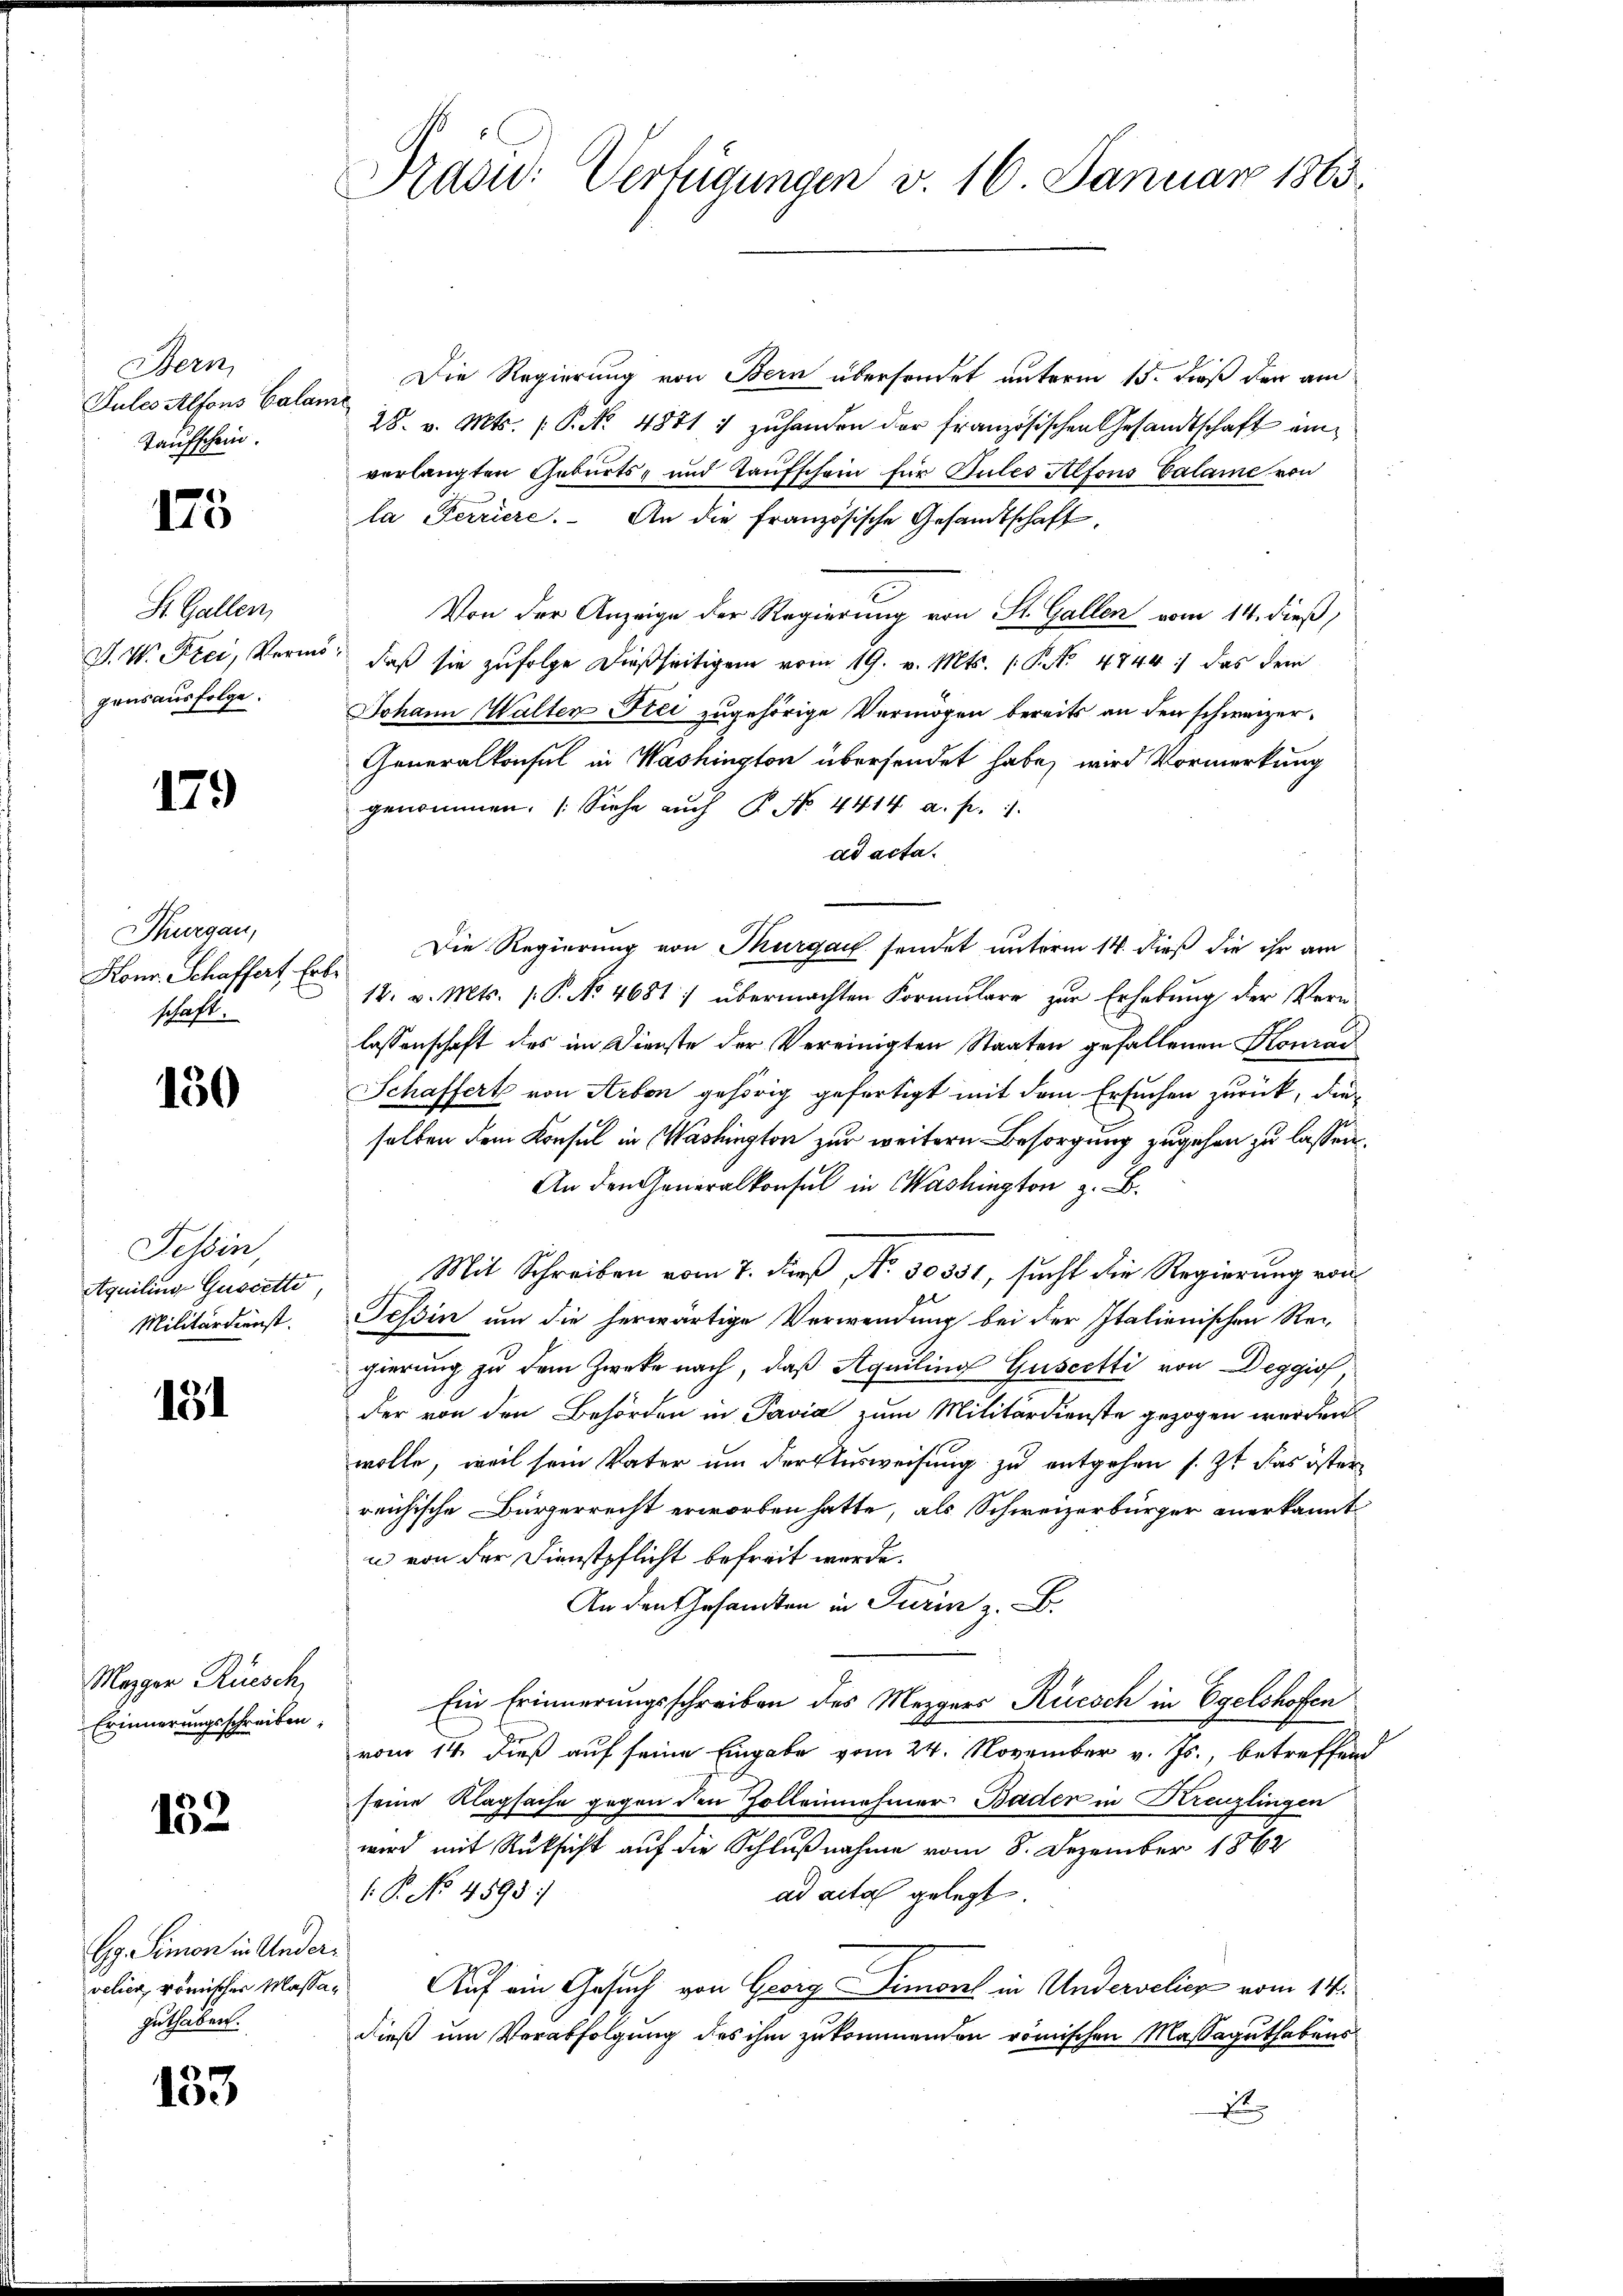
Stern,
Pules Alfons Calan
Taufschein.

175

St. Gallen,
V. W. Frei, Vermö
gensausfolge.

179

Thurgau,
Honr. Schaffert Ert
schaft.

150

Jesin
Aquiling Gussette,
Militärdienst.

151

Mezger Rüesch
Erinnerungsschreiben,

152

Gg. Simon in Andervelier, römischer Massa
guthaben.

2
15.

Präsid. Verfügungen v. 16. Januar 1863.

Die Regierung von Bern übersendet unterm 15. dieß der am
28. v. Mts. (: P. Nr. 4871 u zŭ handen der französischen Gesandtschaft einverlangten Geburts- und Taufschein für Pules Alfons Calame von
la Ferriere. An die französische Gesandtschaft
Von der Anzeige der Regierung von St. Gallen vom 14. dieß,
daß sie zufolge dießseitigen vom 19. v. Mts. (: P. Nr. 4744: das dem
Johann Walten Frei zugehörige Vermögen bereits an den schweizer¬
Generalkonsul in Washington übersendet habe, wird Vormerkung
genommen. (Siehe auch P. Nr. 4414 a. p.
ad acta.
Die Regierung von Thurgau sendet unterm 14. dieß die ihr am
18. v. Mts. 1. P. No. 4681 :/ übermachten Formulare zur Erhebung der Verlassenschaft des im Dienste der Vereinigten Staaten gefallenen Konrad
Schaffert von Arbon gehörig gefertigt mit dem Ersuchen zurück, dieselben dem Konsul in Washington zur weitern Besorgung zugehen zu lassen,
An den Generalkonsul in Washington z. B.
Mit Schreiben vom 7. dieß No. 30551, sucht die Regierung von
Tessin um die herwärtige Verwendung bei der Italienischen Rei
gierung zu dem Zwecke nach, daß Aquiling Guscetti von Deggio
der von den Behörden in Pavia zum Militärdienste gezogen werden
wolle, weil sein Vater um der Ausweisung zu entgehen s. Zt. das öster
reichische Bürgerrecht erworben hatte, als Schweizerbürger anerkannt
n von der Dienstpflicht befreit werde.
An den Gesandten in Turin z. B.
Ein Erinnerungsschreiben des Mezgers Rüesch in Egelshofen
vom 14. dieß auf seine Eingabe vom 24. November v. Js., betreffend
seine Klagsache gegen den Zolleinehmer Bader in Kreuzlingen
wird mit Rüksicht auf die Schlußnahme vom 8. Dezember 1862
1.P. No. 4598;
ad acta gelegt
Auf ein Gesuch von Georg Simont in Underselich vom 14.
dieß um Verabfolgung des ihm zukommenden römischen Massaguthabens
S